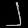
Digit: ၂